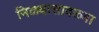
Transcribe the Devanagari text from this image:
निळ्यासावळ्या